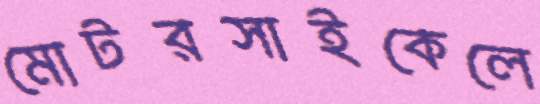
মোটরসাইকেলে